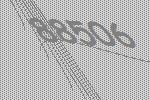
88506